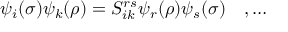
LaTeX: \psi _ { i } ( \sigma ) \psi _ { k } ( \rho ) = S _ { i k } ^ { r s } \psi _ { r } ( \rho ) \psi _ { s } ( \sigma ) \quad , \ldots \nonumber